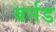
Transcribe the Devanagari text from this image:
बर्नड